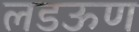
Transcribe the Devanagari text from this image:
लडऊण